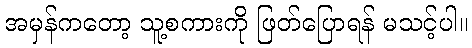
အမှန်ကတော့ သူ့စကားကို ဖြတ်ပြောရန် မသင့်ပါ။